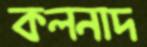
কলনাদ